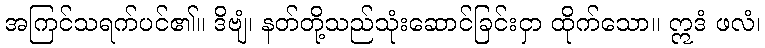
အကြင်သရက်ပင်၏။ ဒိဗျံ၊ နတ်တို့သည်သုံးဆောင်ခြင်းငှာ ထိုက်သော။ ဣဒံ ဖလံ၊